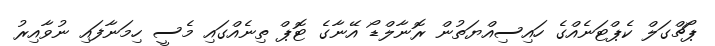
ޕޯޗްގަލް ކެޕްޓަނެއްގެ ހައިސިއްޔަތުން ރޮނާލްޑޯ އޭނާގެ ޓޮޕް ތިނެއްގައި މެސީ ހިމަނާފައި ނުވާއިރު